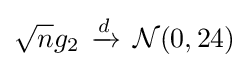
{\sqrt {n}}g_{2}\,\xrightarrow {d} \,{\mathcal {N}}(0,24)